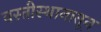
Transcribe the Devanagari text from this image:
वस्तीस्थानातून